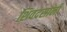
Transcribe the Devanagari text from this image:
शिवदसानी